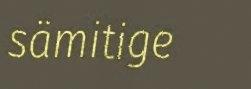
sämitige